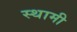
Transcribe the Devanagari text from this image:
स्थामी